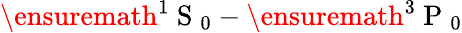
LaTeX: \ensuremath{{^1\mathrm{~S~}_{0}}}-\ensuremath{{^3\mathrm{~P~}_{0}}}